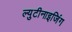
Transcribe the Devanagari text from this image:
ल्युटीनाइजिंग